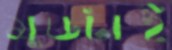
মুডটাই